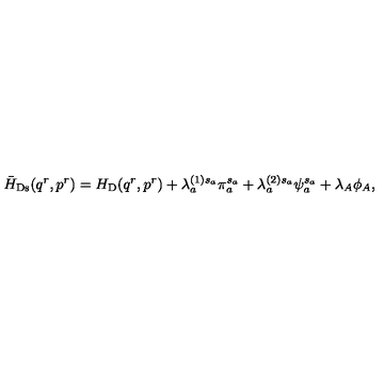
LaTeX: \bar { H } _ { \mathrm { D s } } ( q ^ { r } , p ^ { r } ) = H _ { \mathrm { D } } ( q ^ { r } , p ^ { r } ) + \lambda _ { a } ^ { ( 1 ) s _ { a } } \pi _ { a } ^ { s _ { a } } + \lambda _ { a } ^ { ( 2 ) s _ { a } } \psi _ { a } ^ { s _ { a } } + \lambda _ { A } \phi _ { A } ,